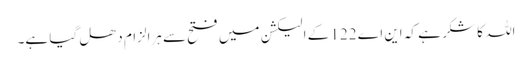
اللہ کا شکر ہے کہ این اے 122 کے الیکشن میں فتح سے ہرالزام دھل گیا ہے۔